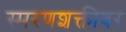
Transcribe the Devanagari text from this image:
स्मरणशक्तीवर